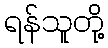
ရန်သူတို့